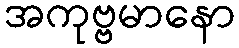
အကုဗ္ဗမာနော